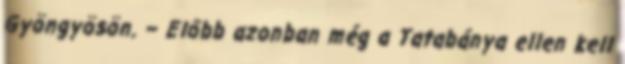
Gyöngyösön. – Előbb azonban még a Tatabánya ellen kell